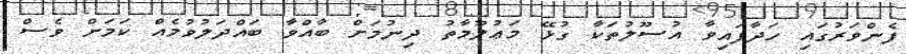
ފެންވަރުގައި ހަދާފައިވާ އުސޫލުތަކާ ގުޅޭ މަޢުލޫމާތު ދިނުމަށް ބާއްވާ ބައްދަލުވުމެއް ކަމަށް ވެސް